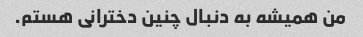
من همیشه به دنبال چنین دخترانی هستم.